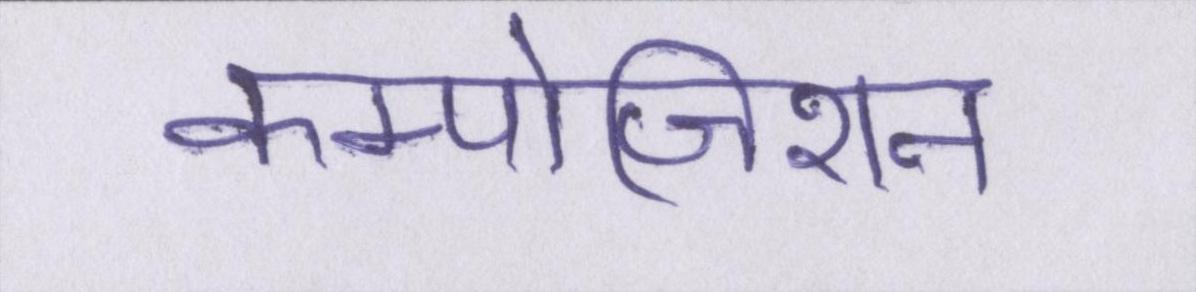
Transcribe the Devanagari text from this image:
कम्पोजिशन